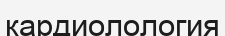
кардиолология